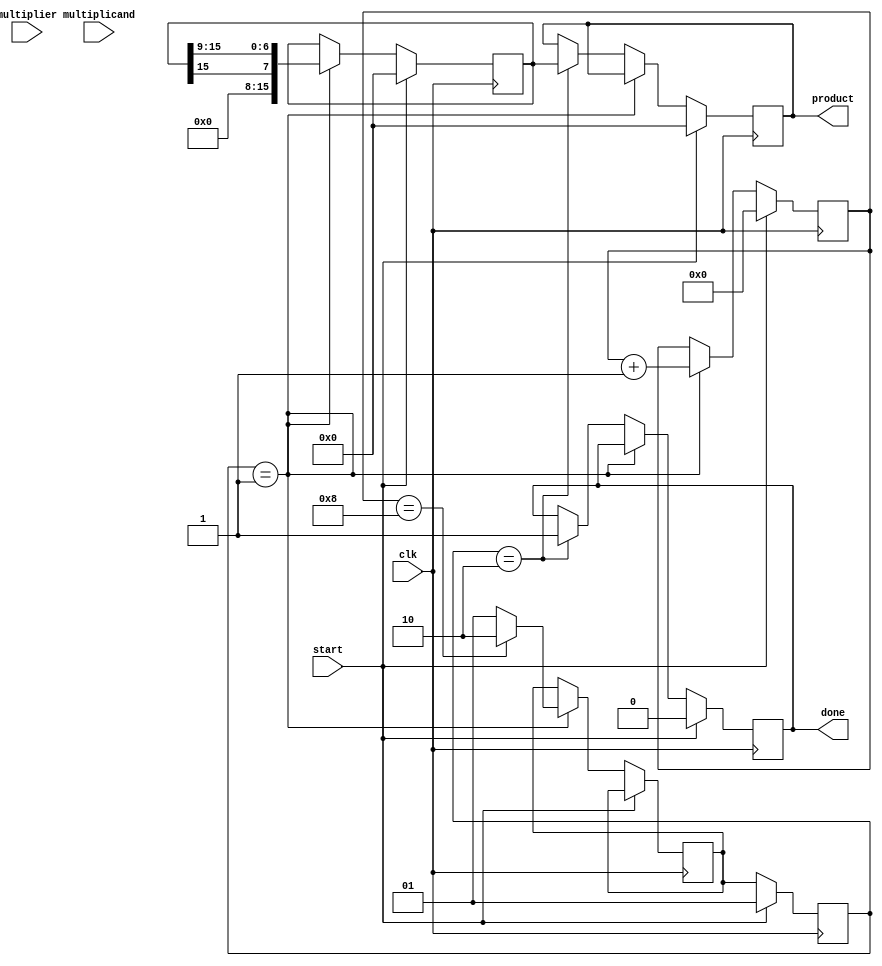
module modified_booth_multiplier #(parameter N = 8) (
    input  wire             clk,
    input  wire             start,
    input  wire signed [N-1:0] multiplicand,
    input  wire signed [N-1:0] multiplier,
    output reg signed [2*N-1:0] product,
    output reg             done
);

    reg signed [2*N-1:0] A;       // Accumulator
    reg signed [2*N-1:0] Q;       // Multiplier
    reg signed [2*N-1:0] M;       // Multiplicand
    reg [N:0] count;              // Counter for iterations
    reg Q_1;                      // Previous bit of Q

    // Control states
    localparam IDLE = 2'b00, RUN = 2'b01, DONE = 2'b10;
    reg [1:0] state, next_state;

    always @(posedge clk) begin
        if (start) begin
            state <= RUN;
        end else begin
            state <= next_state;
        end
    end

    always @(posedge clk) begin
        if (start) begin
            // Initialization
            A <= 0;
            Q <= {multiplicand[N-1], multiplier}; // Extend multiplier with sign bit
            M <= {1'b0, multiplicand};             // Extend multiplicand with 0
            Q_1 <= 0;
            count <= 0;
            product <= 0;
            done <= 0;
        end else if (state == RUN) begin
            case ({Q[0], Q_1})
                2'b00: begin
                    // No addition
                    A <= A; // No change
                end
                2'b01: begin
                    // Add multiplicand
                    A <= A + M;
                end
                2'b10: begin
                    // Subtract multiplicand
                    A <= A - M;
                end
                2'b11: begin
                    // No addition (just shift)
                    A <= A; // No change
                end
            endcase
            
            // Right shift A and Q
            {A, Q} <= {A[2*N-1], A[2*N-1:N], Q[2*N-1:1]}; // Shift A and Q right
            Q_1 <= Q[0]; // Update Q_1
            count <= count + 1;
            
            if (count == N) begin
                next_state <= DONE; // Move to done state after N iterations
            end else begin
                next_state <= RUN;
            end
        end else if (state == DONE) begin
            product <= A; // Output the product
            done <= 1; // Indicate that the operation is done
        end
    end

endmodule